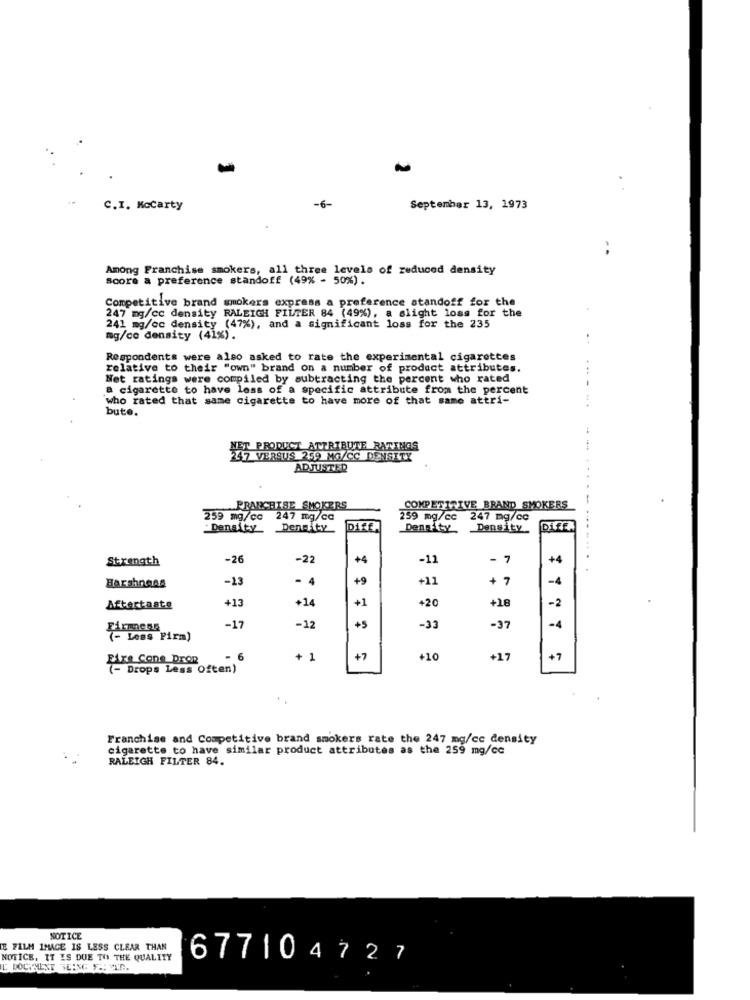
C.I. Mccarty
-6-
September 13, 1973
Among Franchise smokers, all three levels of reduced density
score a preference standoff (49% - 50%).
Competitive brand smokers express a preference standoff for the
247 mg/cc density RALEIGH FILTER 84 (49%), a slight loss for the
241 mg/cc density (47%), and a significant loss for the 235
mg/ce density (41%).
Respondents were also asked to rate the experimental cigarettes
relative to their "own" brand on a number of product attributes.
...
Net ratings were compiled by subtracting the percent who rated
a cigarette to have less of a specific attribute from the percent
who rated that same cigarette to have more of that same attri-
bute.
NET PRODUCT ATTRIBUTE RATINGS
7 VERSUS 259 MG/CC DENSITY
ADJUSTED
FRANCHISE SMOKERS
COMPETITIVE BRAND SMOKERS
259 mg/cc
247 mg/cc
259 mg/cc
247 mg/cc
Density
Density
DiSE.
Density Density
Diff.
Strength
-26
-22
+4
-11
7
+4
-13
- 4
+9
+11
+ 7
-4
Barshness
+13
+14
+1
+20
+18
Aftertaste
-2
-17
-12
+5
-33
-37
-4
(- Less Pirm)
Fixe Cone Drop
-6
+ 1
+7
+10
+17
+7
(- Drops Less Often)
Franchise and Competitive brand smokers rate the 247 mg/cc density
cigarette to have similar product attributes as the 259 mg/cc
RALEIGH FILTER 84.
NOTICE
E FILM IMAGE IS LESS CLEAR THAN
NOTICE, IT IS DUE TO THE QUALITY
677104727
IL DOCTHLNT ICING F .: MED.